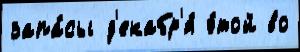
запа́сы д'екабр'я́ э́той во